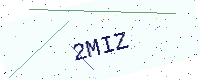
Text: 2MIZ